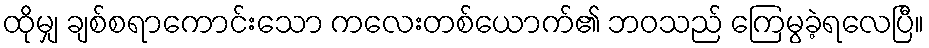
ထိုမျှ ချစ်စရာကောင်းသော ကလေးတစ်ယောက်၏ ဘဝသည် ကြေမွခဲ့ရလေပြီ။